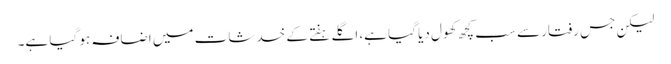
لیکن جس رفتار سے سب کچھ کھول دیا گیا ہے، اگلے ہفتے کے خدشات میں اضافہ ہو گیا ہے۔